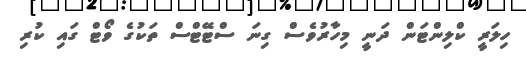
ހިލަރީ ކްލިންޓަން ދަނީ މިހާރުވެސް ގިނަ ސްޓޭޓްސް ތަކުގެ ވޯޓް ގައި ކުރި